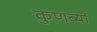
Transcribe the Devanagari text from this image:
कुणब्यां